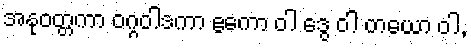
အနုဝတ္တကာ ဝဂ္ဂဝါဒကာ ဧကော ဝါ ဒွေ ဝါ တယော ဝါ,